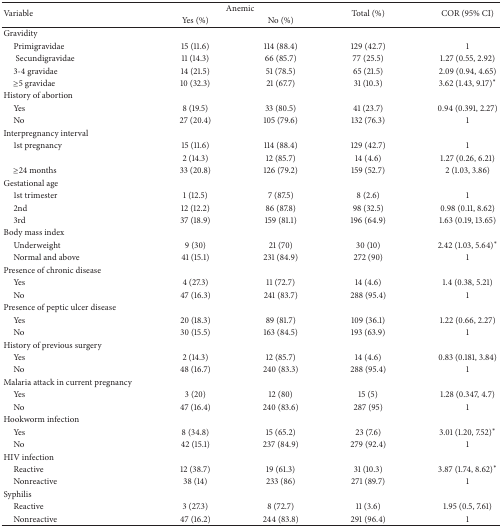
<table><thead><tr><td rowspan="2"><b>Variable</b></td><td colspan="2"><b> Anemic </b></td><td rowspan="2"><b>Total (%)</b></td><td rowspan="2"><b>COR (95% CI)</b></td></tr><tr><td><b>Yes (%)</b></td><td><b>No (%) </b></td></tr></thead><tbody><tr><td>Gravidity</td><td> </td><td> </td><td> </td><td> </td></tr><tr><td> Primigravidae</td><td>15 (11.6)</td><td>114 (88.4)</td><td>129 (42.7)</td><td>1</td></tr><tr><td>Secundigravidae</td><td>11 (14.3)</td><td>66 (85.7)</td><td>77 (25.5)</td><td>1.27 (0.55, 2.92)</td></tr><tr><td> 3-4 gravidae</td><td>14 (21.5)</td><td>51 (78.5)</td><td>65 (21.5)</td><td>2.09 (0.94, 4.65)</td></tr><tr><td> ≥5 gravidae</td><td>10 (32.3)</td><td>21 (67.7)</td><td>31 (10.3)</td><td>3.62 (1.43, 9.17)*</td></tr><tr><td>History of abortion</td><td> </td><td> </td><td> </td><td> </td></tr><tr><td> Yes </td><td>8 (19.5)</td><td>33 (80.5)</td><td>41 (23.7)</td><td> 0.94 (0.391, 2.27)</td></tr><tr><td> No </td><td>27 (20.4)</td><td>105 (79.6)</td><td>132 (76.3)</td><td>1</td></tr><tr><td>Interpregnancy interval</td><td> </td><td> </td><td> </td><td> </td></tr><tr><td> 1st pregnancy</td><td>15 (11.6)</td><td>114 (88.4)</td><td>129 (42.7)</td><td>1</td></tr><tr><td> </td><td>2 (14.3)</td><td>12 (85.7)</td><td>14 (4.6)</td><td>1.27 (0.26, 6.21)</td></tr><tr><td> ≥24 months</td><td>33 (20.8)</td><td>126 (79.2)</td><td>159 (52.7)</td><td>2 (1.03, 3.86)</td></tr><tr><td>Gestational age</td><td> </td><td> </td><td> </td><td> </td></tr><tr><td> 1st trimester</td><td>1 (12.5)</td><td>7 (87.5)</td><td>8 (2.6)</td><td> 1</td></tr><tr><td> 2nd </td><td>12 (12.2)</td><td>86 (87.8)</td><td>98 (32.5)</td><td>0.98 (0.11, 8.62)</td></tr><tr><td> 3rd </td><td>37 (18.9)</td><td>159 (81.1)</td><td>196 (64.9)</td><td>1.63 (0.19, 13.65)</td></tr><tr><td>Body mass index</td><td> </td><td> </td><td> </td><td> </td></tr><tr><td> Underweight</td><td>9 (30)</td><td>21 (70)</td><td>30 (10)</td><td>2.42 (1.03, 5.64)*</td></tr><tr><td> Normal and above</td><td>41 (15.1)</td><td>231 (84.9)</td><td>272 (90)</td><td>1</td></tr><tr><td>Presence of chronic disease</td><td> </td><td> </td><td> </td><td> </td></tr><tr><td> Yes</td><td>4 (27.3)</td><td>11 (72.7)</td><td>14 (4.6)</td><td>1.4 (0.38, 5.21)</td></tr><tr><td> No</td><td>47 (16.3)</td><td>241 (83.7)</td><td>288 (95.4)</td><td>1</td></tr><tr><td>Presence of peptic ulcer disease</td><td> </td><td> </td><td> </td><td> </td></tr><tr><td> Yes</td><td>20 (18.3)</td><td>89 (81.7)</td><td>109 (36.1)</td><td>1.22 (0.66, 2.27)</td></tr><tr><td> No</td><td>30 (15.5)</td><td>163 (84.5)</td><td>193 (63.9)</td><td>1</td></tr><tr><td>History of previous surgery</td><td> </td><td> </td><td> </td><td> </td></tr><tr><td> Yes</td><td>2 (14.3)</td><td>12 (85.7)</td><td>14 (4.6)</td><td>0.83 (0.181, 3.84)</td></tr><tr><td> No</td><td>48 (16.7)</td><td>240 (83.3)</td><td>288 (95.4)</td><td>1</td></tr><tr><td>Malaria attack in current pregnancy</td><td> </td><td> </td><td> </td><td> </td></tr><tr><td> Yes</td><td>3 (20)</td><td>12 (80)</td><td>15 (5)</td><td>1.28 (0.347, 4.7)</td></tr><tr><td> No</td><td>47 (16.4)</td><td>240 (83.6)</td><td>287 (95)</td><td>1</td></tr><tr><td>Hookworm infection</td><td> </td><td> </td><td> </td><td> </td></tr><tr><td> Yes </td><td>8 (34.8)</td><td>15 (65.2)</td><td>23 (7.6)</td><td>3.01 (1.20, 7.52)*</td></tr><tr><td> No </td><td>42 (15.1)</td><td>237 (84.9)</td><td>279 (92.4)</td><td>1</td></tr><tr><td>HIV infection</td><td> </td><td> </td><td> </td><td> </td></tr><tr><td> Reactive </td><td>12 (38.7)</td><td>19 (61.3)</td><td>31 (10.3)</td><td>3.87 (1.74, 8.62)*</td></tr><tr><td> Nonreactive</td><td>38 (14)</td><td>233 (86)</td><td>271 (89.7)</td><td>1</td></tr><tr><td>Syphilis</td><td> </td><td> </td><td> </td><td> </td></tr><tr><td> Reactive</td><td>3 (27.3)</td><td>8 (72.7)</td><td>11 (3.6)</td><td>1.95 (0.5, 7.61)</td></tr><tr><td> Nonreactive </td><td>47 (16.2)</td><td>244 (83.8)</td><td>291 (96.4)</td><td>1</td></tr></tbody></table>